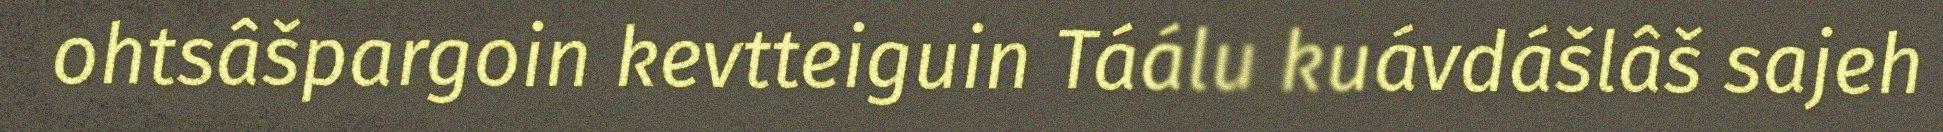
ohtsâšpargoin kevtteiguin Táálu kuávdášlâš sajeh